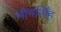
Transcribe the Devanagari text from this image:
भीमसिँह